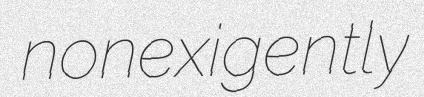
nonexigently